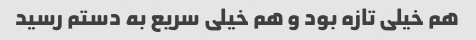
هم خیلی تازه بود و هم خیلی سریع به دستم رسید